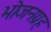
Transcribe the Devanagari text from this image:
भोजनग्रह